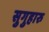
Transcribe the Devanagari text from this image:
सुगुहारु